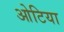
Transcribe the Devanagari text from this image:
ओटिया